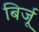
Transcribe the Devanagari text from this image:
बिर्जू